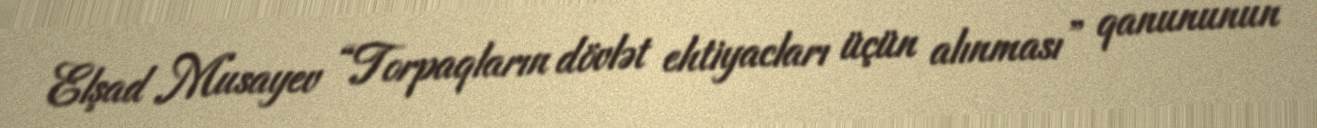
Elşad Musayev “Torpaqların dövlət ehtiyacları üçün alınması” qanununun